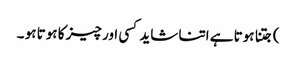
) جتنا ہوتا ہے اتنا شاید کسی اور چیز کا ہوتا ہو ۔